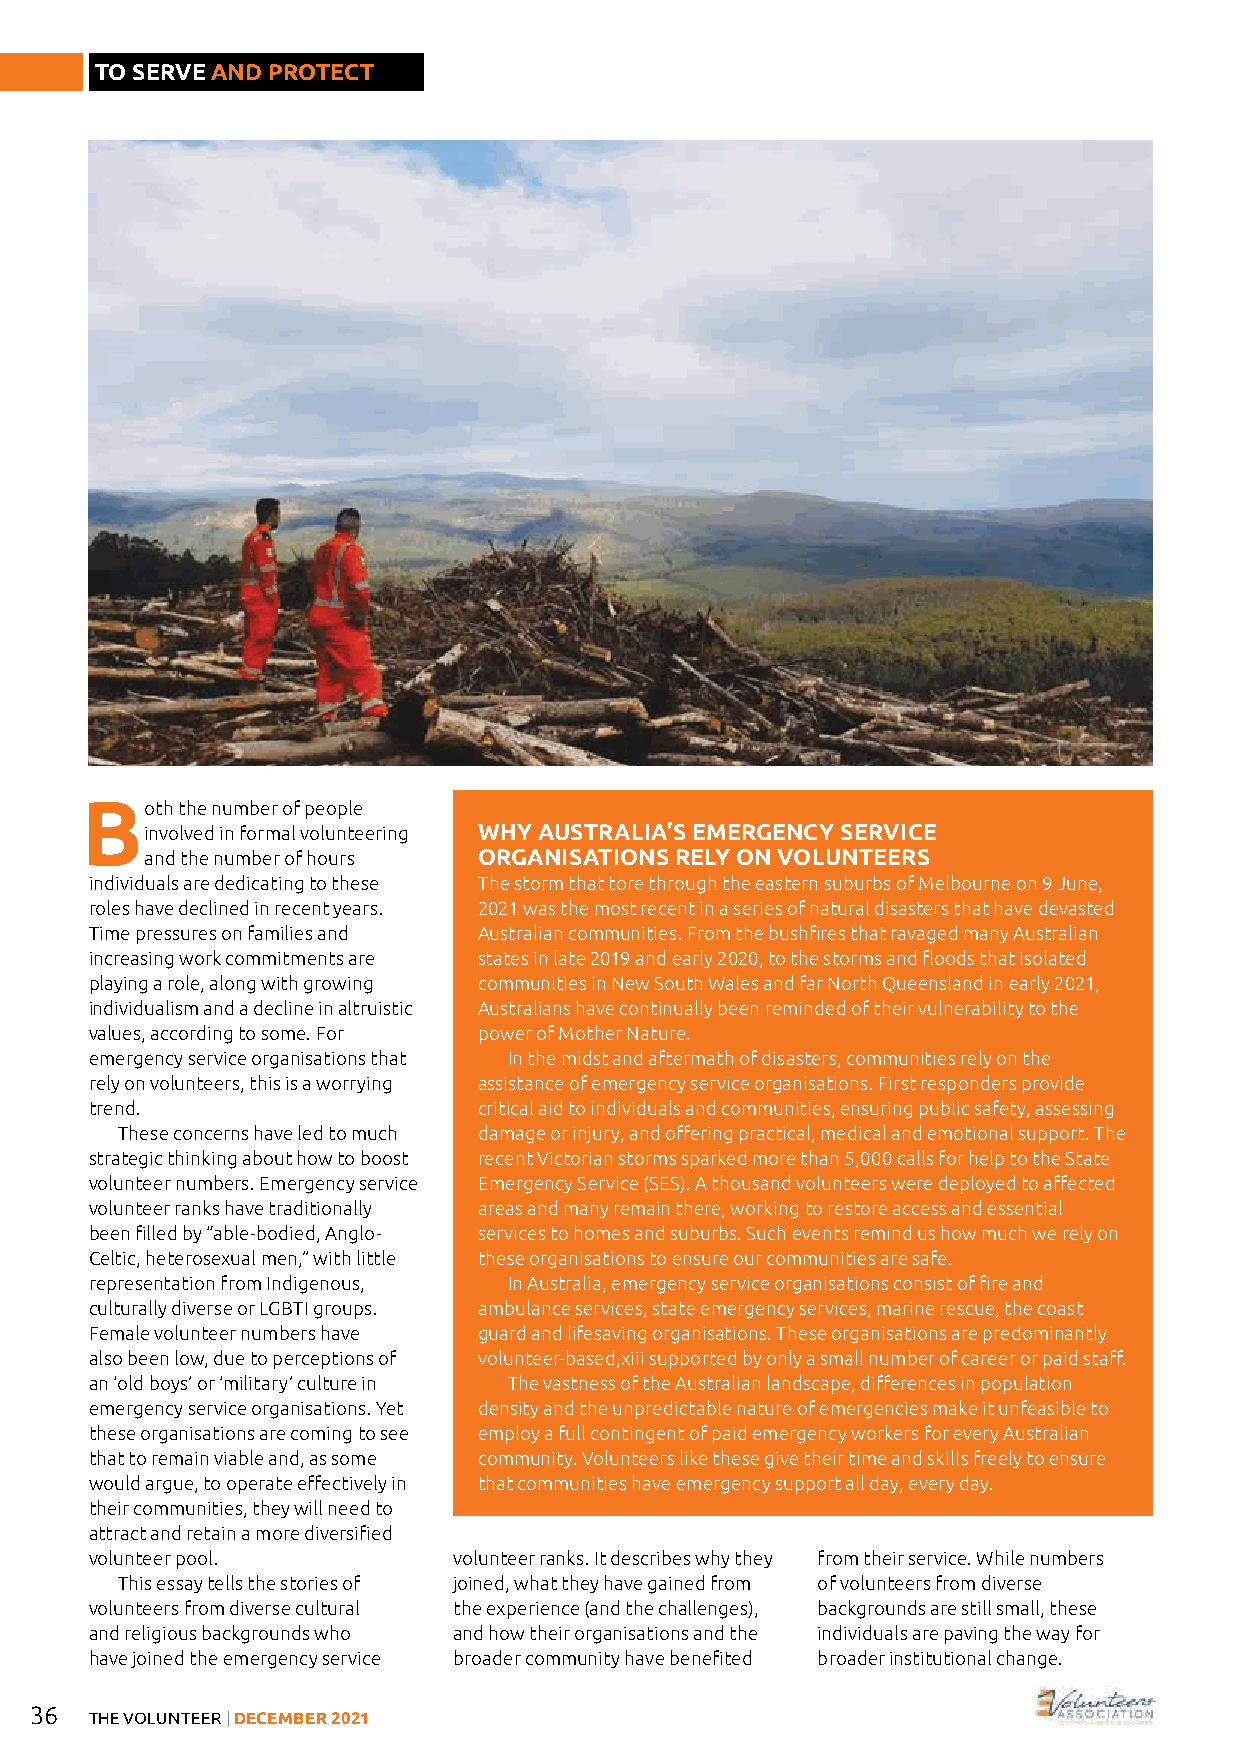
TO SERVE AND PROTECT
 Both   the number of people
 involved in formal volunteering WHY AUSTRALIA’S EMERGENCY SERVICE
 and the number of hours ORGANISATIONS RELY ON VOLUNTEERS
 individuals are dedicating to these The storm that tore through the eastern suburbs of Melbourne on 9 June,
 roles have declined in recent years. 2021 was the most recent in a series of natural disasters that have devasted
 Time pressures on families and Australian communities. From the bushfires that ravaged many Australian
 increasing work commitments are states in late 2019 and early 2020, to the storms and floods that isolated
 playing a role, along with growing communities in New South Wales and far North Queensland in early 2021,
 individualism and a decline in altruistic Australians have continually been reminded of their vulnerability to the
 values, according to some. For power of Mother Nature.
 emergency service organisations that In the midst and aftermath of disasters, communities rely on the
 rely on volunteers, this is a worrying assistance of emergency service organisations. First responders provide
 trend.                    critical aid to individuals and communities, ensuring public safety, assessing
 These concerns have led to much damage or injury, and offering practical, medical and emotional support. The
 strategic thinking about how to boost recent Victorian storms sparked more than 5,000 calls for help to the State
 volunteer numbers. Emergency service Emergency Service (SES). A thousand volunteers were deployed to affected
 volunteer ranks have traditionally areas and many remain there, working to restore access and essential
 been filled by “able-bodied, Anglo- services to homes and suburbs. Such events remind us how much we rely on
 Celtic, heterosexual men,” with little these organisations to ensure our communities are safe.
 representation from Indigenous, In Australia, emergency service organisations consist of fire and
 culturally diverse or LGBTI groups. ambulance services, state emergency services, marine rescue, the coast
 Female volunteer numbers have guard and lifesaving organisations. These organisations are predominantly
 also been low, due to perceptions of volunteer-based,xiii supported by only a small number of career or paid staff.
 an ‘old boys’ or ‘military’ culture in The vastness of the Australian landscape, differences in population
 emergency service organisations. Yet density and the unpredictable nature of emergencies make it unfeasible to
 these organisations are coming to see employ a full contingent of paid emergency workers for every Australian
 that to remain viable and, as some community. Volunteers like these give their time and skills freely to ensure
 would argue, to operate effectively in that communities have emergency support all day, every day.
 their communities, they will need to
 attract and retain a more diversified
 volunteer pool.         volunteer ranks. It describes why they from their service. While numbers
 This essay tells the stories of joined, what they have gained from of volunteers from diverse
 volunteers from diverse cultural the experience (and the challenges), backgrounds are still small, these
 and religious backgrounds who and how their organisations and the individuals are paving the way for
 have joined the emergency service broader community have benefited broader institutional change.
 36
 THE VOLUNTEER | DECEMBER 2021